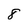
Character: 8